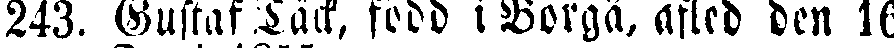
243. Gustaf Läck, född i Borgå, afled den 16